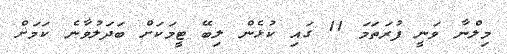
މިލްނާ ވަނީ ފުރަތަމަ 11 ގައި ކުޅެން ލިބޭ ޓީމަކަށް ބަދަލުވާނެ ކަމަށް